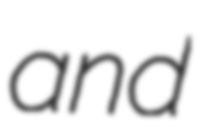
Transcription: and